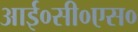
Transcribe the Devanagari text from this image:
आई०सी०एस०